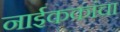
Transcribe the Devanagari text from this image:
नाईककांचा